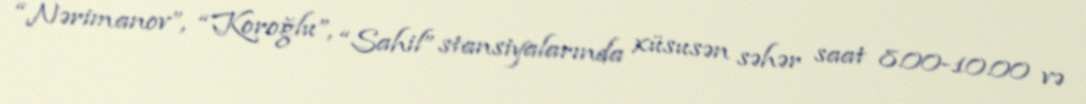
“Nərimanov”, “Koroğlu”, “Sahil” stansiyalarında xüsusən səhər saat 8.00-10.00 və